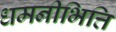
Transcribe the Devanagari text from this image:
धमनीभित्ति